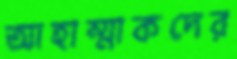
আহাম্মাকদের